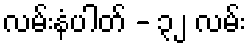
လမ်းနံပါတ် - ၃၂ လမ်း